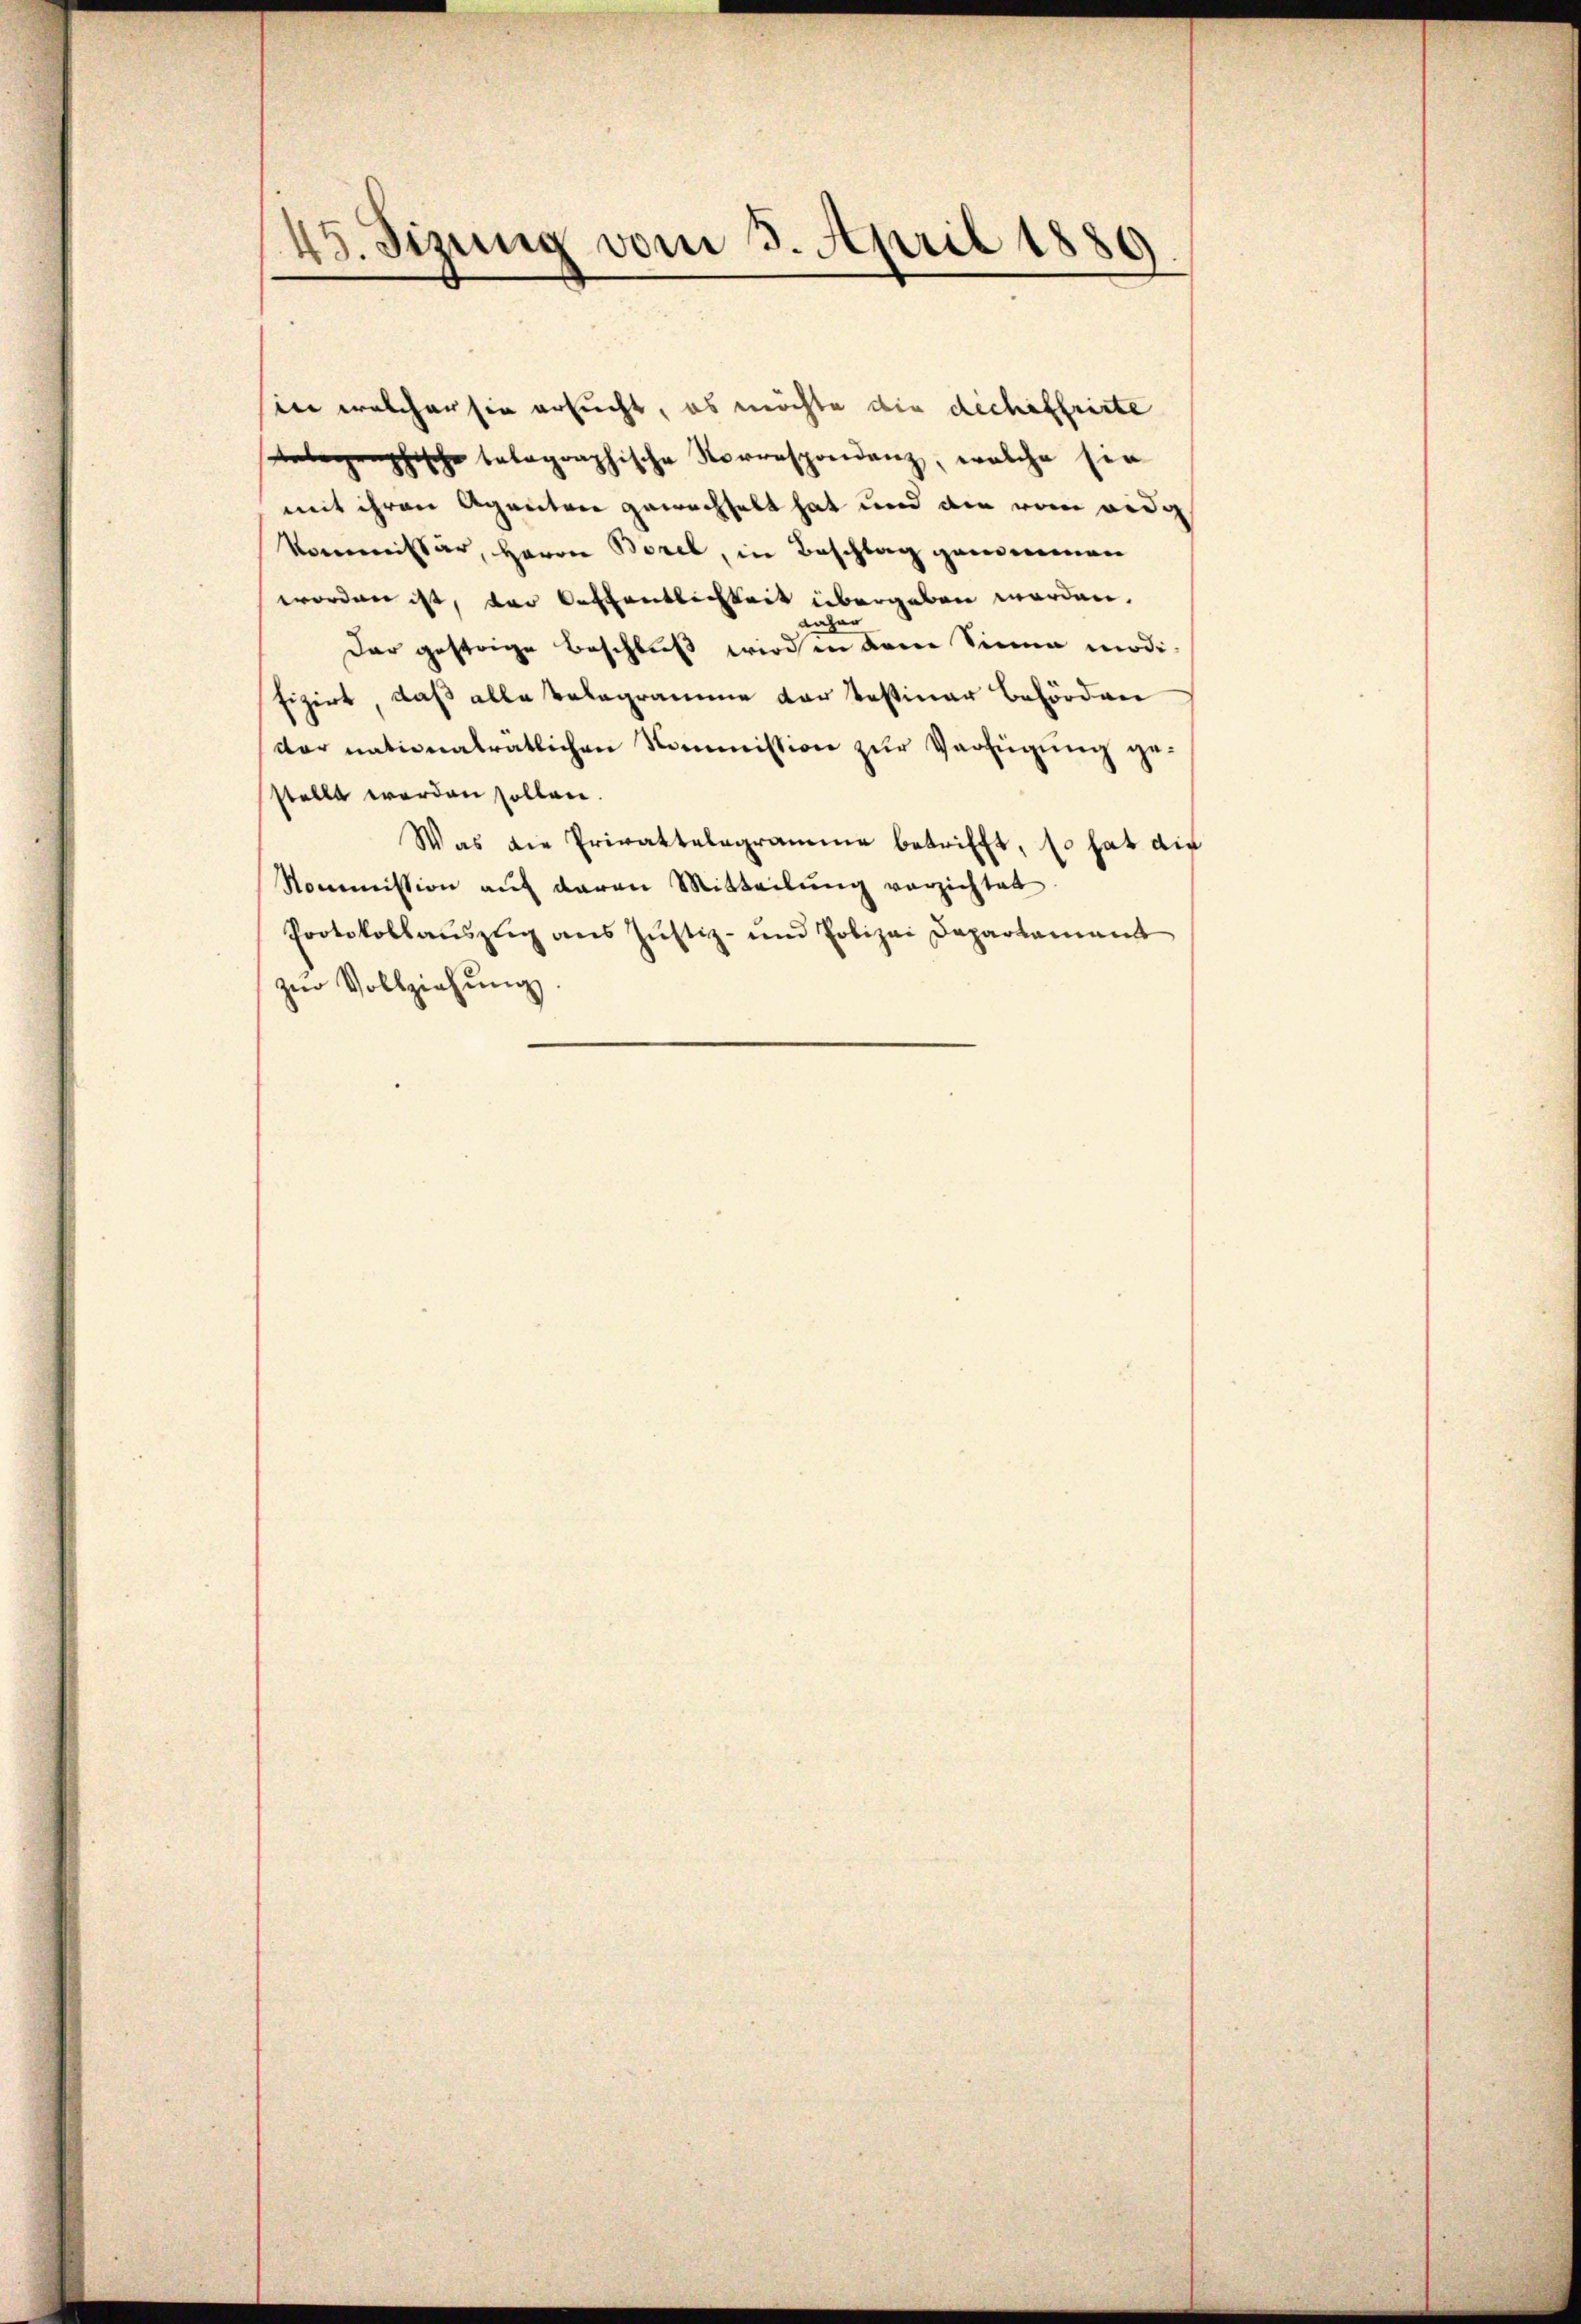
45. Sizung vom 3. April 1889

in welcher sie ersucht, es möchte die dechiffrirte
telegraphische belographische Korrespondenz, welche sie
mit ihren Agenten gewechselt hat und die vom eidg
Kommissär, Herren Borel, in Beschlag genommen
worden ist, der Oeffentlichkeit übergeben worden.
gahan
dar gestrige Beschluß wird in dem Sinne modi-
fizirt, daß alle Belegramme der Testiner Behörden
der nationalratlichen Kommission zur Verfügung gestellt werden sollen.
Was die Privattelegramme betrifft, so hat die
Kommission auf daran Mitteilung verzichtet
Protokollauszug aus Justiz- und Polizei Departement
zŭr Vollziehŭng